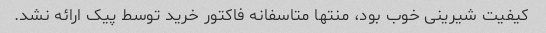
کیفیت شیرینی خوب بود، منتها متاسفانه فاکتور خرید توسط پیک ارائه نشد.